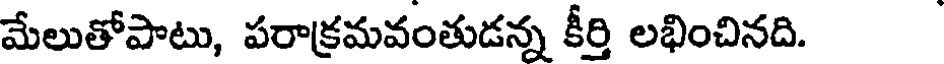
మేలుతోపాటు, పరాక్రమవంతుడన్న కీర్తి లభించినది.